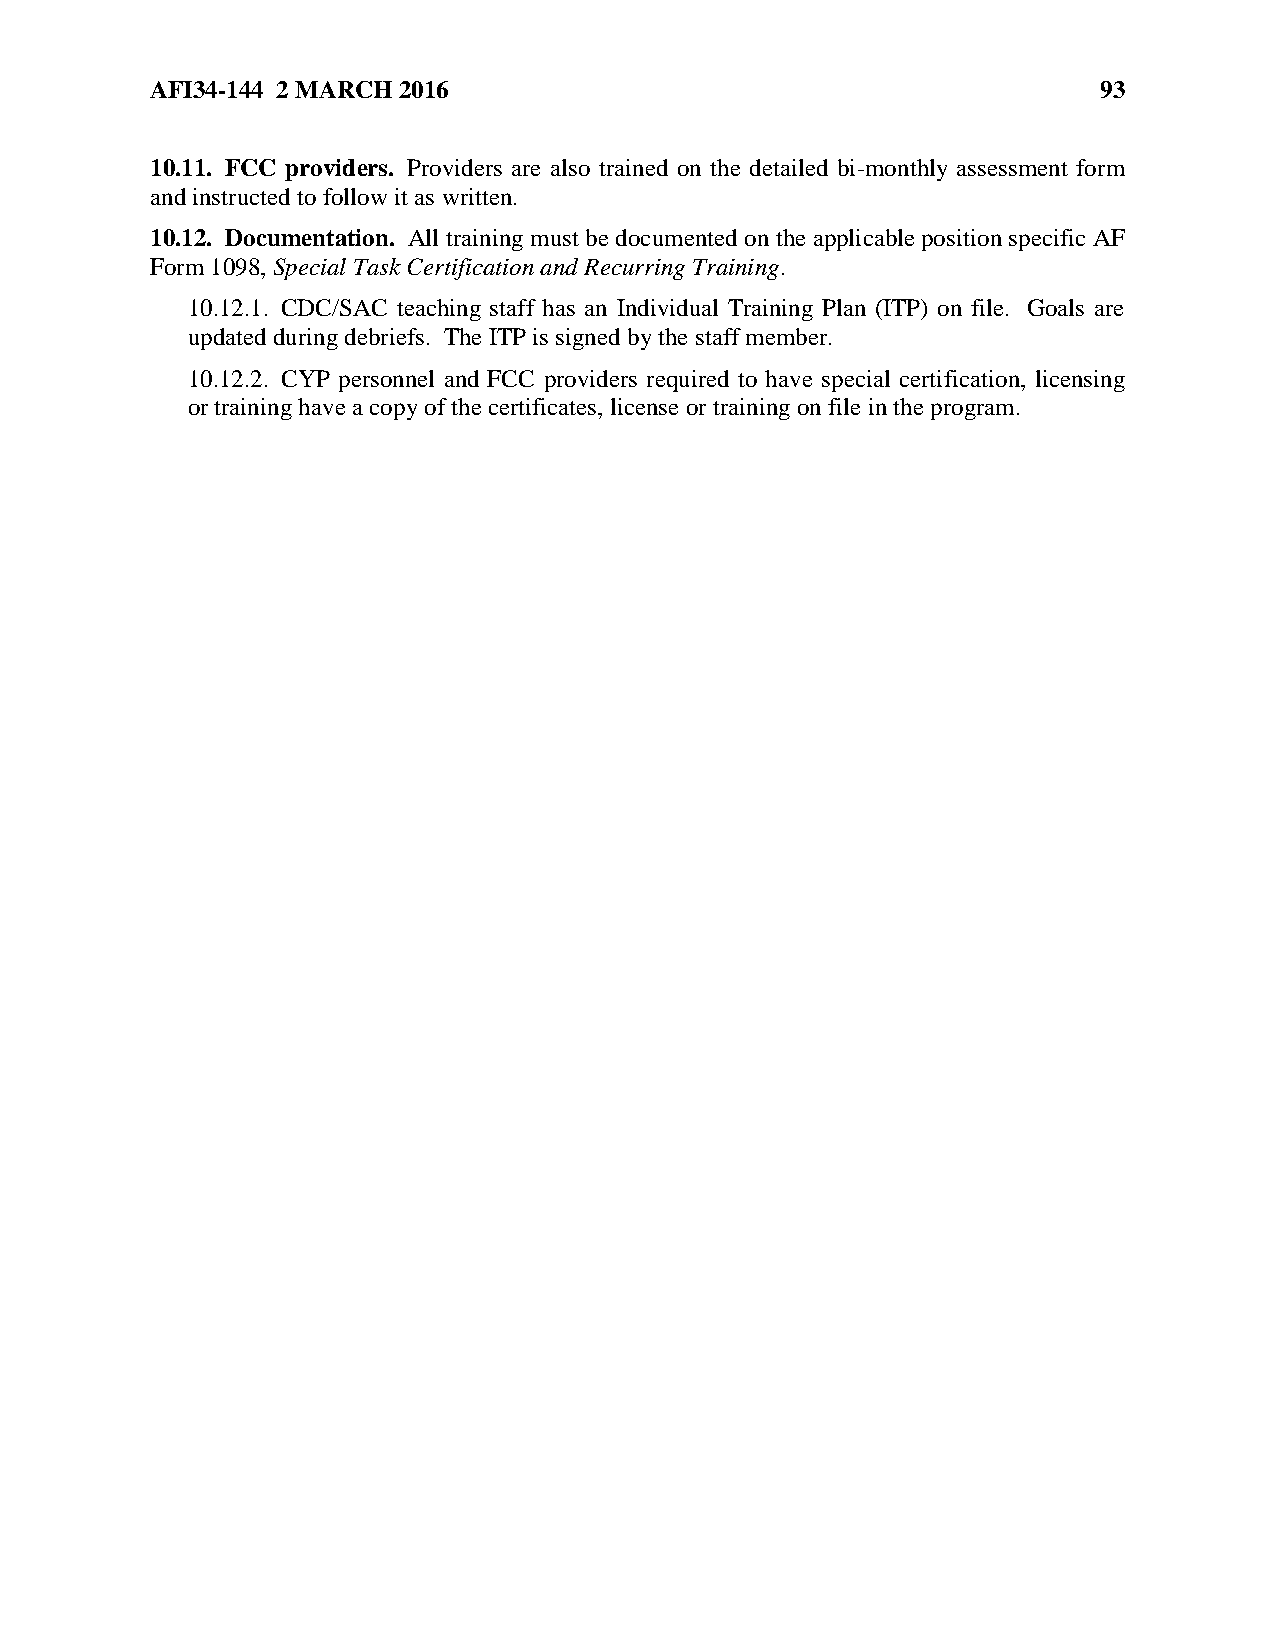
AFI34-144 2 MARCH 2016                                         93
 10.11. FCC providers. Providers are also trained on the detailed bi-monthly assessment form
 and instructed to follow it as written.
 10.12. Documentation. All training must be documented on the applicable position specific AF
 Form 1098, Special Task Certification and Recurring Training.
 10.12.1. CDC/SAC teaching staff has an Individual Training Plan (ITP) on file. Goals are
 updated during debriefs. The ITP is signed by the staff member.
 10.12.2. CYP personnel and FCC providers required to have special certification, licensing
 or training have a copy of the certificates, license or training on file in the program.